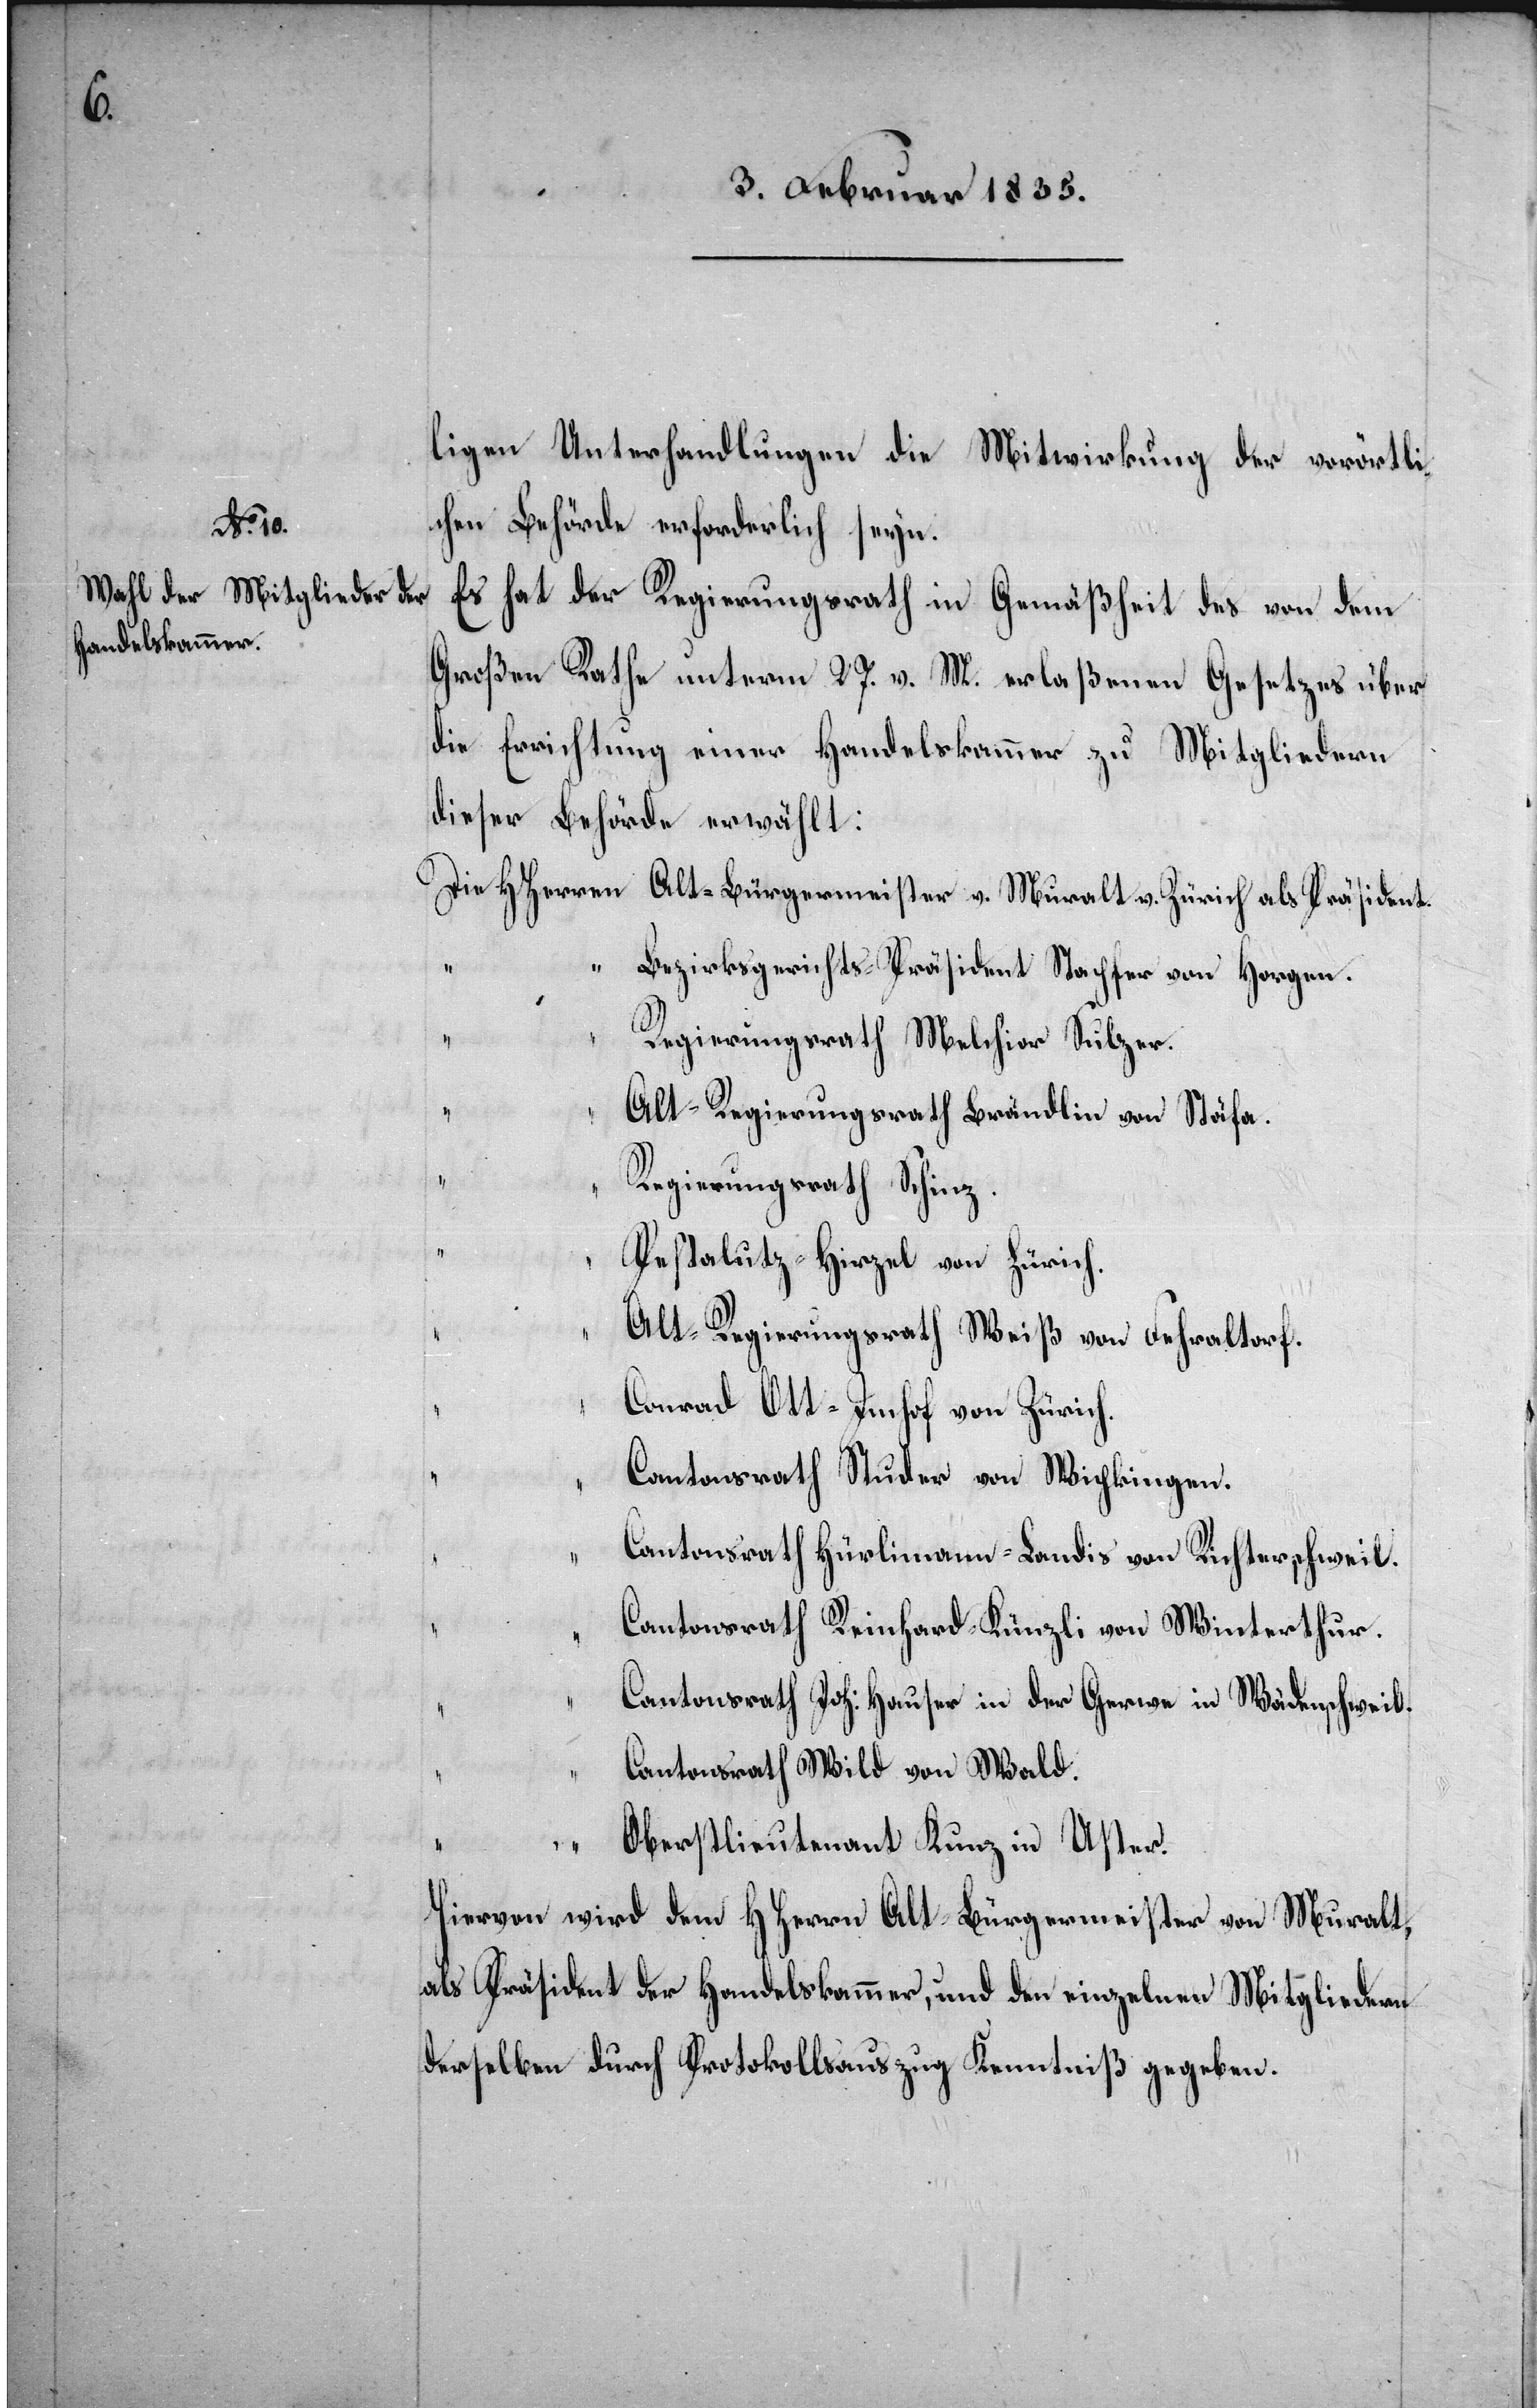
ligen Unterhandlungen die Mitwirkung der vorörtli¬
chen Behörde erforderlich seyn.
Es hat der Regierungsrath in Gemäßheit des von dem
Großen Rathe unterm 27. v. M. erlaßenen Gesetzes über
die Errichtung einer Handelskammer zu Mitgliedern
dieser Behörde erwählt:
Die HHerren Alt-Bürgermeister v. Muralt v. Zürich als Präsident.
Bezirksgerichts-Präsident Stapfer von Horgen.
“
Regierungsrath Melchior Sulzer.
“
Alt-Regierungsrath Brändlin von Stäfa.
Regierungsrath Schinz.
Pestalutz-Hirzel von Zürich.
Alt-Regierungsrath Weiß von Fehraltorf.
Conrad Ott-Imhof von Zürich.
Cantonsrath Studer von Wipkingen.
Cantonsrath Hürlimann-Landis von Richterschweil.
“ Cantonsrath Reinhard-Künzli von Winterthur.
Cantonsrath Joh: Hauser in der Gerwe in Wädenschweil.
Cantonsrath Wild von Wald.
“
“ Oberstlieutenant Kunz in Uster.
Hiervon wird dem HHerrn Alt-Bürgermeister von Muralt,
als Präsident der Handelskammer, und den einzelnen Mitgliedern
derselben durch Protokollsauszug Kenntniß gegeben.